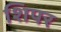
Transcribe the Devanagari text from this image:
शिपर